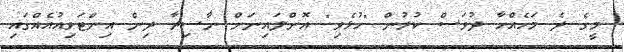
މީގެ ދެ މަހެއްހާ ދުވަސް ކުރުން "ހުޅެވި" އޮންލައިނަށް ނާސިރާ ދިން އިންޓަވިއުއެއްގައި